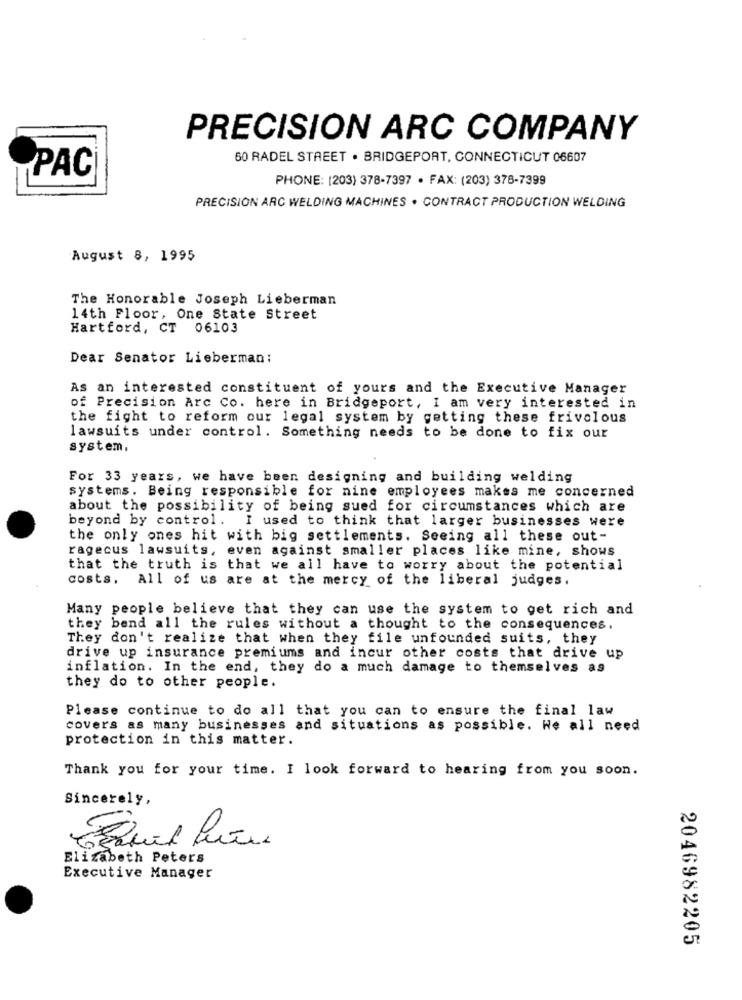
PRECISION ARC COMPANY
60 RADEL STREET . BRIDGEPORT, CONNECTICUT 06607
PAC
PHONE: (203) 378-7397 · FAX: (203) 378-7399
PRECISION ARC WELDING MACHINES . CONTRACT PRODUCTION WELDING
August 8, 1995
The Honorable Joseph Lieberman
14th Floor, One State Street
Hartford, CT 06103
Dear Senator Lieberman:
As an interested constituent of yours and the Executive Manager
of Precision Arc Co. here in Bridgeport, I am very interested in
the fight to reform our legal system by getting these frivolous
lawsuits under control. Something needs to be done to fix our
system.
For 33 years, we have been designing and building welding
systems. Being responsible for nine employees makes me concerned
about the possibility of being sued for circumstances which are
beyond by control. I used to think that larger businesses were
the only ones hit with big settlements. Seeing all these out-
ragecus lawsuits, even against smaller places like mine, shows
that the truth is that we all have to worry about the potential
costs. All of us are at the mercy of the liberal judges.
Many people believe that they can use the system to get rich and
they bend all the rules without a thought to the consequences.
They don't realize that when they file unfounded suits, they
drive up insurance premiums and incur other costs that drive up
inflation. In the end, they do a much damage to themselves as
they do to other people.
Please continue to do all that you can to ensure the final law
covers as many businesses and situations as possible. We all need
protection in this matter.
Thank you for your time. I look forward to hearing from you soon.
Sincerely,
Elizabeth Peters
Executive Manager
2046982205